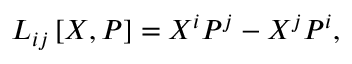
L _ { i j } \left[ X , P \right] = X ^ { i } P ^ { j } - X ^ { j } P ^ { i } ,